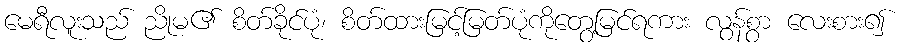
မေရီလူးသည် ညိုမ၏ စိတ်ခိုင်ပုံ၊ စိတ်ထားမြင့်မြတ်ပုံကိုတွေ့မြင်ရကား လွန်စွာ လေးစား၍